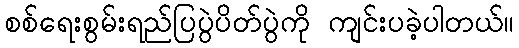
စစ်ရေးစွမ်းရည်ပြပွဲပိတ်ပွဲကို ကျင်းပခဲ့ပါတယ်။